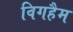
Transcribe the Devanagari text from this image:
विगहैम